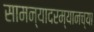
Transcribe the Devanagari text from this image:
सामन्यादरम्यानच्या